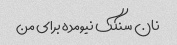
نان سنکک نیومده برای من